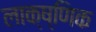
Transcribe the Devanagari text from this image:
लाक्ष्णिक